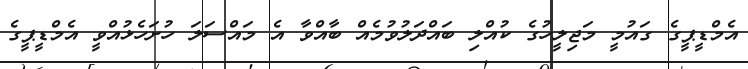
އެމްޑީޕީގެ ގައުމީ މަޖިލީހުގެ ކުއްލި ބައްދަލުވުމެއް ބާއްވާ އެ މައްސަލަ ހުށަހެޅުއްވީ އެމްޑީޕީގެ